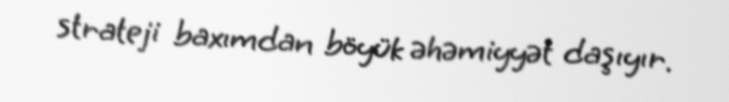
strateji baxımdan böyük əhəmiyyət daşıyır.